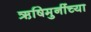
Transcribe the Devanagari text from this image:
ऋषिमुनींच्या